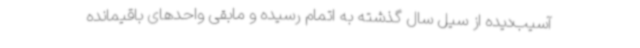
آسیب‌دیده از سیل سال گذشته به اتمام رسیده و مابقی واحدهای باقیمانده